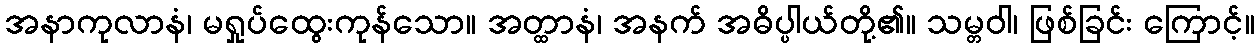
အနာကုလာနံ၊ မရှုပ်ထွေးကုန်သော။ အတ္ထာနံ၊ အနက် အဓိပ္ပါယ်တို့၏။ သမ္တဝါ၊ ဖြစ်ခြင်း ကြောင့်။